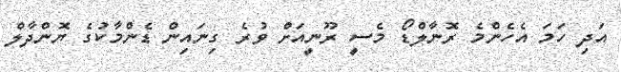
އަދި ހަމަ އެހެންމެ ރޮނާލްޑޯ މެސީ ރޫނީއަށް ވުރެ ގިނައިން ޑެންމާކުގެ ޔޮންދާލް